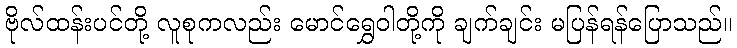
ဗိုလ်ထန်းပင်တို့ လူစုကလည်း မောင်ရွှေဝါတို့ကို ချက်ချင်း မပြန်ရန်ပြောသည်။